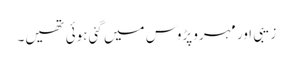
زیبی اور مہرو پڑوس میں گئی ہوئی تھیں۔